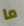
ما